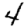
Digit: 4